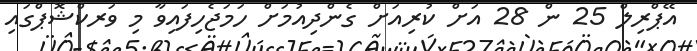
އޭޕްރިލް 25 ން 28 އަށް ކުރިއަށް ގެންދިއުމަށް ހަމަޖެހިފައިވާ މި ވަރކްޝޮޕްގައި